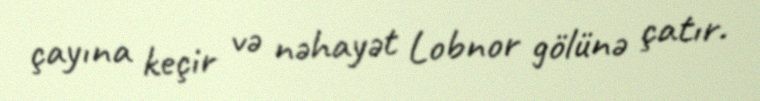
çayına keçir və nəhayət Lobnor gölünə çatır.